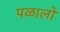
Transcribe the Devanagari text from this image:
पळालो